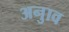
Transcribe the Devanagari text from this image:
अनुाव